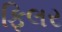
ફિલર